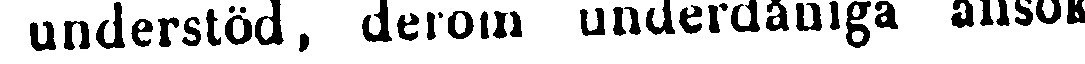
understöd, derom underdåniga ansök-